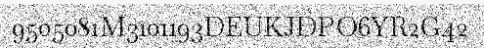
9505081M3101193DEUKJDPO6YR2G42